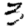
Digit: 3